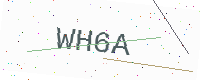
Text: WH6A